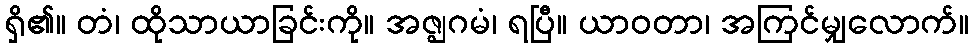
ရှိ၏။ တံ၊ ထိုသာယာခြင်းကို။ အဇ္ဈဂမံ၊ ရပြီ။ ယာဝတာ၊ အကြင်မျှလောက်။